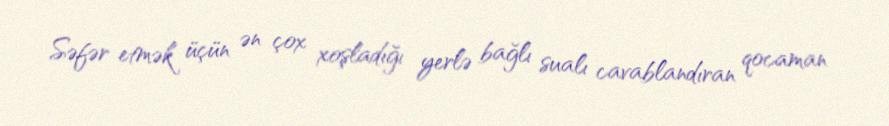
Səfər etmək üçün ən çox xoşladığı yerlə bağlı sualı cavablandıran qocaman